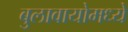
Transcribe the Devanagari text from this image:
बुलावायोमध्ये